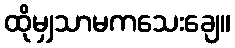
ထိုမျှသာမကသေးချေ။